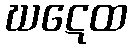
ဃဋေထ